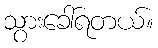
သွားခေါ်ရတယ်။